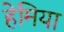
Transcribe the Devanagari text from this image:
हेमिया